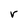
Character: r